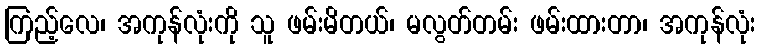
ကြည့်လေ၊ အကုန်လုံးကို သူ ဖမ်းမိတယ်၊ မလွတ်တမ်း ဖမ်းထားတာ၊ အကုန်လုံး